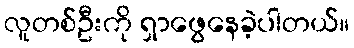
လူတစ်ဦးကို ရှာဖွေနေခဲ့ပါတယ်။